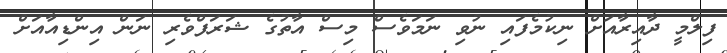
ފިލްމީ ދާއިރާއަށް ނިކުމެފައި ނުވި ނަމަވެސް މިސް އާތުގެ ޝަރަފްވެރި ނަން އިންޑިއާއަށް